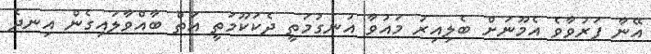
އޭނާ ފަރުވާވެ އެމޫނަށް ބެލިއިރު މައުވާ އުނގުމަތީ ދެކަކޫމަތީ އަތް ބާއްވާލައިގެން އިނދެ